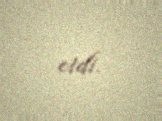
etdi.